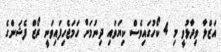
އަޒްލާ ވިދާޅުވީ މި 4 ކޯހުގައިވެސް ކިޔަވައި ދިނުމަށް ހަމަޖެހިފައިވަނީ ރޯޒް ފެޝަންގެ